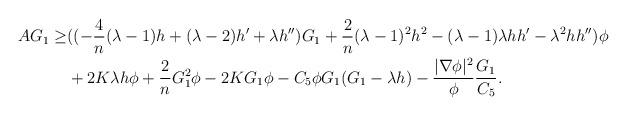
LaTeX: \begin{align*}\begin{aligned}AG_{1}\geq &((-\frac{4}{n}(\lambda -1)h+(\lambda -2)h'+\lambda h'')G_{1}+\frac{2}{n}(\lambda-1)^{2}h^{2}-(\lambda-1)\lambda hh'-\lambda^{2}h h'')\phi\\&+2K\lambda h\phi+\frac{2}{n}G_{1}^{2}\phi-2KG_{1}\phi-C_{5}\phi G_{1}(G_{1}-\lambda h)-\frac{|\nabla\phi|^{2}}{\phi}\frac{G_{1}}{C_{5}}.\\\end{aligned}\end{align*}